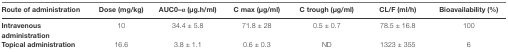
<table><thead><tr><td><b>Route of administration</b></td><td><b>Dose (mg/kg)</b></td><td><b>AUC<sub>0–α </sub>(μg.h/ml)</b></td><td><b>C <sub>max </sub>(μg/ml)</b></td><td><b>C <sub>trough</sub> (μg/ml)</b></td><td><b>CL/F (ml/h)</b></td><td><b>Bioavailability (%)</b></td></tr></thead><tbody><tr><td><b>Intravenous administration</b></td><td> 10 </td><td> 34.4 ± 5.8 </td><td> 71.8 ± 28 </td><td> 0.5 ± 0.7 </td><td> 78.5 ± 16.8 </td><td> 100 </td></tr><tr><td><b>Topical administration</b></td><td> 16.6 </td><td> 3.8 ± 1.1 </td><td> 0.6 ± 0.3 </td><td> ND </td><td> 1323 ± 355 </td><td> 6 </td></tr></tbody></table>